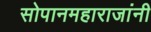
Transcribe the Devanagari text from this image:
सोपानमहाराजांनी